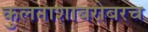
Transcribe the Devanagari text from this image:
कुलनाशाबरोबरच